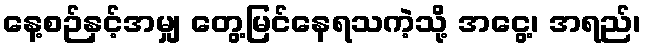
နေ့စဉ်နှင့်အမျှ တွေ့မြင်နေရသကဲ့သို့ အငွေ့၊ အရည်၊